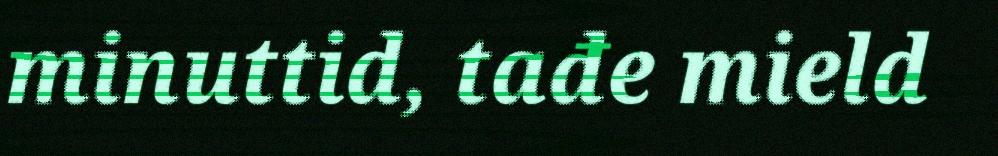
minuttid, tađe mield